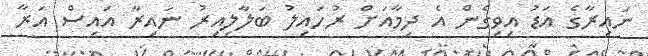
ނައިރާގެ އަޑު އިވިގެން އެ ދިމާއަށް ރުހައިލު ބަލާލިއިރު ނައިރާ އައިސް އަރާ